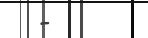
-